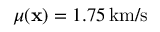
\mu ( { \bf x } ) = 1 . 7 5 \, \mathrm { k m / s }